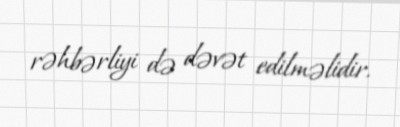
rəhbərliyi də dəvət edilməlidir.